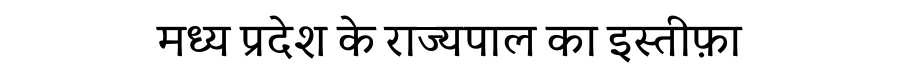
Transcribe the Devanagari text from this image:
मध्य प्रदेश के राज्यपाल का इस्तीफ़ा